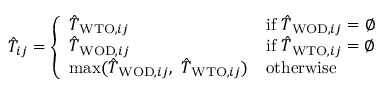
\begin{array} { r } { \hat { T } _ { i j } = \left\{ \begin{array} { l l } { \hat { T } _ { \mathrm { W T O } , i j } } & { \mathrm { i f } \ \hat { T } _ { \mathrm { W O D } , i j } = \emptyset } \\ { \hat { T } _ { \mathrm { W O D } , i j } } & { \mathrm { i f } \ \hat { T } _ { \mathrm { W T O } , i j } = \emptyset } \\ { \operatorname* { m a x } ( \hat { T } _ { \mathrm { W O D } , i j } , \ \hat { T } _ { \mathrm { W T O } , i j } ) } & { \mathrm { o t h e r w i s e } } \end{array} \right. } \end{array}